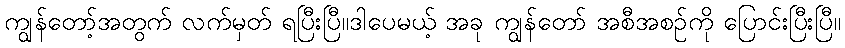
ကျွန်တော့်အတွက် လက်မှတ် ရပြီးပြီ။ဒါပေမယ့် အခု ကျွန်တော် အစီအစဉ်ကို ပြောင်းပြီးပြီ။